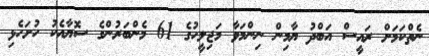
ނެތްކަމަށް ރައީސް އަބްދު ޔާމިން ނިންމަވާ މަޖިލީހުގެ 61 މެންބަރުންގެ ސޮޔާއެކު ހުށަހެޅި